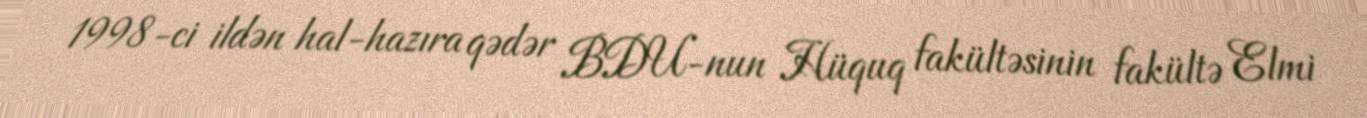
1998-ci ildən hal-hazıra qədər BDU-nun Hüquq fakültəsinin fakültə Elmi